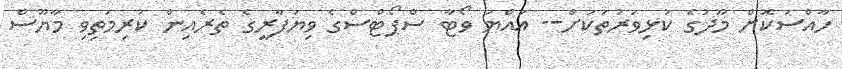
ހާއްސަކޮށް މޫދުގެ ކުޅިވަރުތަކަށް-- އައްޔަ ވޯޓާ ސްޕޯޓްސްގެ ވިޔަފާރީގެ ތެރެއިން ކުރިމަތިވި މާޔޫސް